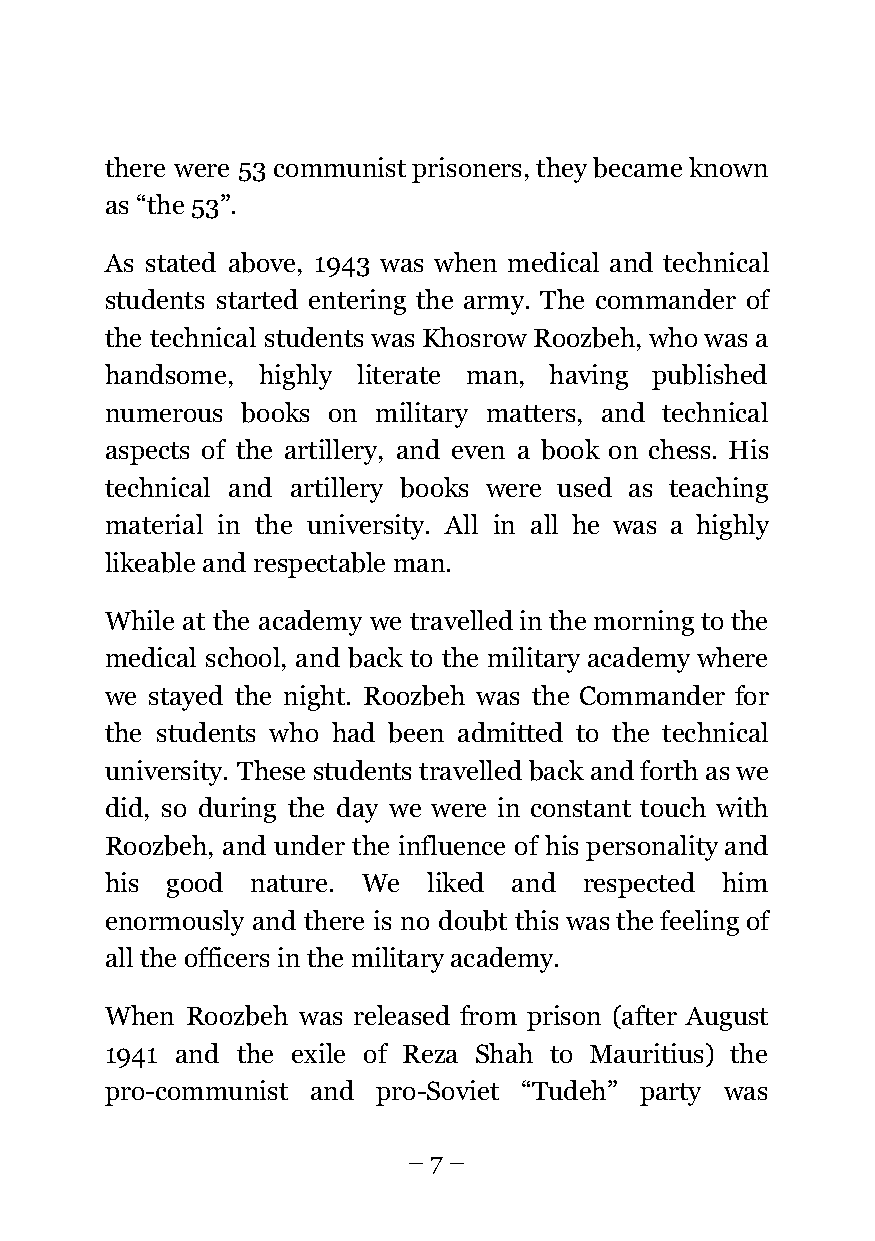
there were 53 communist prisoners, they became known
 as “the 53”.
 As stated above, 1943 was when medical and technical
 students started entering the army. The commander of
 the technical students was Khosrow Roozbeh, who was a
 handsome, highly literate man, having published
 numerous books on military matters, and technical
 aspects of the artillery, and even a book on chess. His
 technical and artillery books were used as teaching
 material in the university. All in all he was a highly
 likeable and respectable man.
 While at the academy we travelled in the morning to the
 medical school, and back to the military academy where
 we stayed the night. Roozbeh was the Commander for
 the students who had been admitted to the technical
 university. These students travelled back and forth as we
 did, so during the day we were in constant touch with
 Roozbeh, and under the influence of his personality and
 his good  nature. We liked and  respected him
 enormously and there is no doubt this was the feeling of
 all the officers in the military academy.
 When Roozbeh was released from prison (after August
 1941 and the exile of Reza Shah to Mauritius) the
 pro-communist and pro-Soviet “Tudeh” party was
 – 7 –